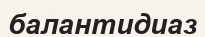
балантидиаз